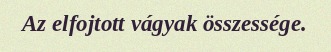
Az elfojtott vágyak összessége.